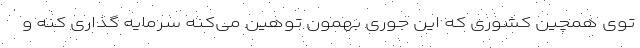
توی همچین کشوری که این جوری بهمون توهین می‌کنه سرمایه گذاری کنه و